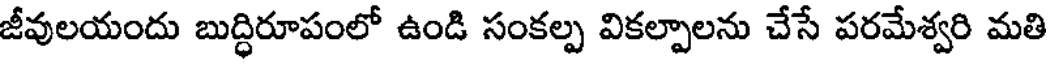
జీవులయందు బుద్ధిరూపంలో ఉండి సంకల్ప వికల్పాలను చేసే పరమేశ్వరి మతి